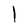
Character: l